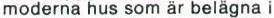
moderna hus som är belägna i